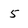
Character: 5